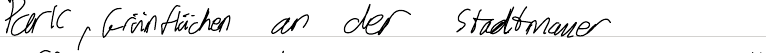
Park, Grünflächen an der Stadtmauer